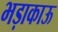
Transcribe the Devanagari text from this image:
भड़ाकाऊ